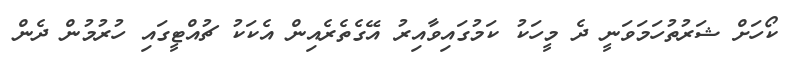
ކޯހަށް ޝަރުތުހަމަވަނީ ދެ މީހަކު ކަމުގައިވާއިރު އޭގެތެރެއިން އެކަކު ޗުއްޓީގައި ހުރުމުން ދެން